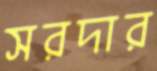
সরদার